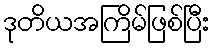
ဒုတိယအကြိမ်ဖြစ်ပြီး